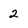
Character: 2